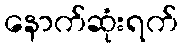
နောက်ဆုံးရက်